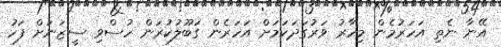
އޭނާ ނެތި އަހަރުމެން މިހާރު ވަރުގަދަކަމަށް އަހަރެން ގަބޫލުކުރަން ހުސްވި ސީޒަނަށް ފަހު